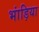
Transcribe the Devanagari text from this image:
भांड़िया